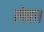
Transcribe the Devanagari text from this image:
लेवा।